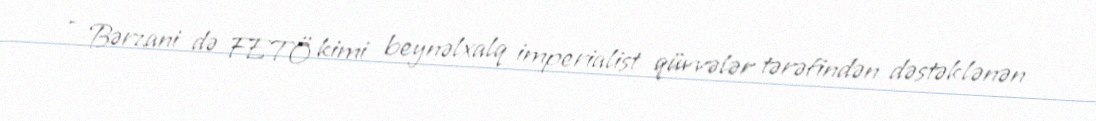
- Bərzani də FETÖ kimi beynəlxalq imperialist qüvvələr tərəfindən dəstəklənən